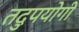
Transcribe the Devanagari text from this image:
तदुपयोगी